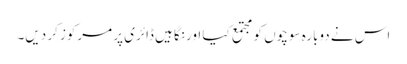
اس نے دوبارہ سوچوں کو مجتمع کیا اور نگاہیں ڈائری پر مرکوز کر دیں۔